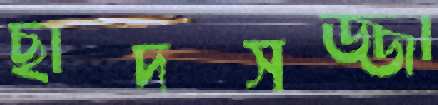
ছাদসজ্জা